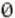
0